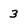
Character: 3